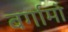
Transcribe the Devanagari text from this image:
बर्गामो